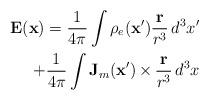
LaTeX: \begin{align*}\mathbf{E}(\mathbf{x}) =\frac{1}{4\pi}\int\rho_e(\mathbf{x}')\frac{\mathbf{r}}{r^3}\,d^3x'\\ +\frac{1}{4\pi}\int\mathbf{J}_m(\mathbf{x}')\,{\bf \times}\,\frac{\mathbf{r}}{r^3}\,d^3x\end{align*}